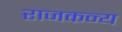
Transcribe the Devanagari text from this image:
राजकन्य